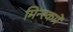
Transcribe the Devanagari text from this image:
मिन्स्कमें